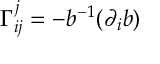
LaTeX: \Gamma _ { i j } ^ { j } = - b ^ { - 1 } ( \partial _ { i } b )